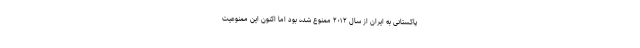
پاکستانی به ایران از سال ۲۰۱۲ ممنوع شده بود اما اکنون این ممنوعیت